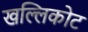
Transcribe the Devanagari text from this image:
खल्लिकोट